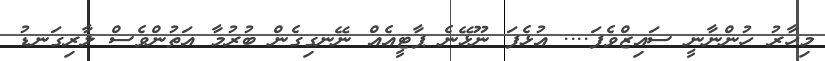
މިހާރު ހުންނާނީ ސައިޒްވެފަ.... އުޅެފަ ނޫޅޭނެ ޕާޓީއެއް ނޭނގިގެން ބުރުމާ އަތުންވެސް ލާރިގަނޑު